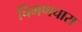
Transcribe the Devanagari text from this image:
चिमणचारा